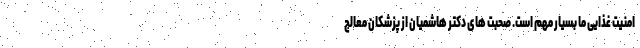
امنیت غذایی ما بسیار مهم است. صحبت های دکتر هاشمیان از پزشکان معالج